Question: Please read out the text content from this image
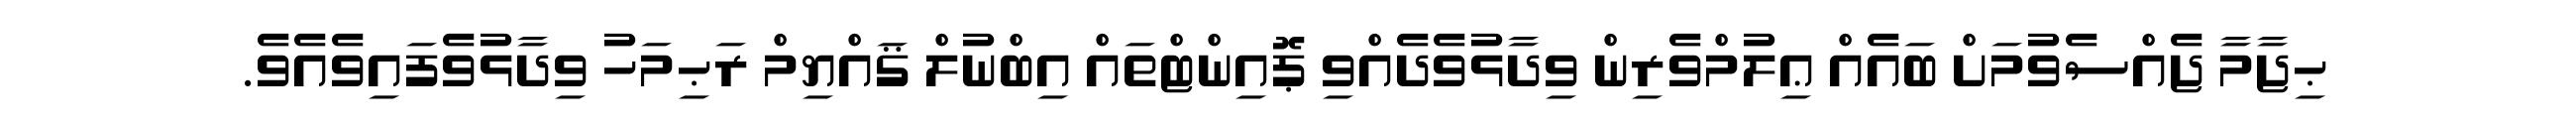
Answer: ޙިޖާމާ ޖެއްސެވުމަށް ބައެއް ޢިލުމްވެރިން ވިދާޅުވެދެއްވި ޕޮއިންޓްތައް އިބްނުލް ޤައްޔިމް ރަޙިމަހު ވިދާޅުވެފައިވެއެވެ.